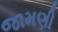
જામણી